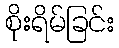
စိုးရိမ်ခြင်း